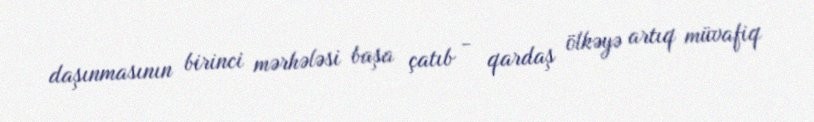
daşınmasının birinci mərhələsi başa çatıb - qardaş ölkəyə artıq müvafiq